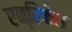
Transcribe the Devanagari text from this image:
एन्रिकेस